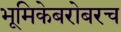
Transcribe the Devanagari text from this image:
भूमिकेबरोबरच